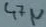
Text: 47µ